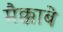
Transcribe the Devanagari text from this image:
मैक्काबे